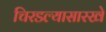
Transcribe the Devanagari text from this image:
चिरडल्यासारखे